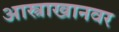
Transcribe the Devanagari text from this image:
आस्त्राखानवर